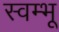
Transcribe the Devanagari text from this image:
स्वम्भू